Civil Veterinary Department Bihar & Orissa reports 1922-29 - 1922-1929
Year: 1922
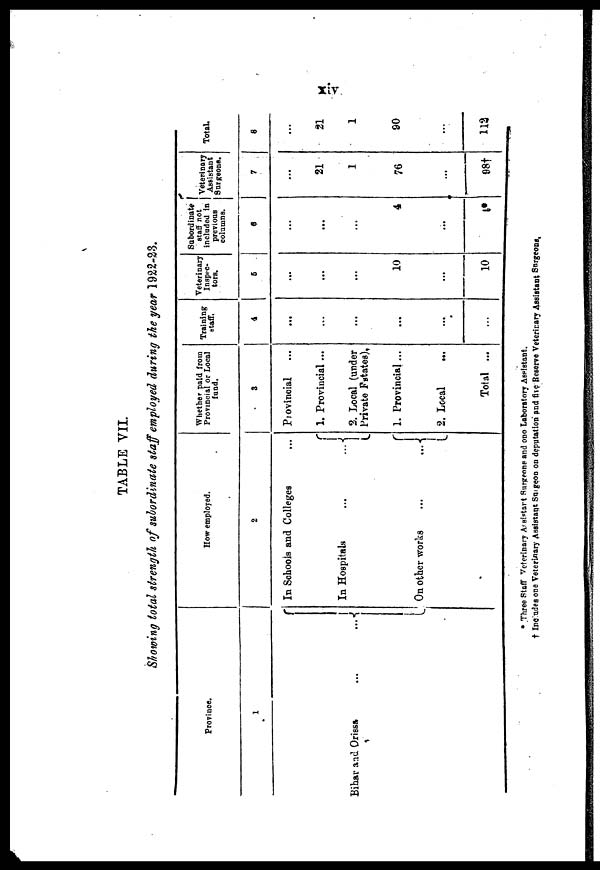
TABLE VII.
Showing total strength of subordinate staff employed during the year 1922-23.
Province.
1
Bihar and Orissa
...
...
How employed.
2
In Schools and Colleges
In Hospitals
On other works
...
Whether paid from
Provincial or Local
fund.
3
Provincial
1. Provincial ...
2. Local (under
Private Patates).
1. Provincial ...
2. Local
...
Total ...
Training
staff.
4
...
...
...
...
...
...
Veterinary
Inspec-
tors.
5
...
...
...
10
...
10
Subordinate
staff not
veterinary
included in Assistants
6
...
...
...
4
...
4*
7
...
21
1
76
...
98†
Total.
8
...
21
1
90
...
112
* Three Staff Veterinary Assistant Surgeons and one Laboratory Assistant,
† Includes one Veterinary Assistant Surgeon on deputation and five Resreve Veterinary Assistant Surgeons,